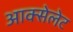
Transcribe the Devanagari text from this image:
आक्सेलेट